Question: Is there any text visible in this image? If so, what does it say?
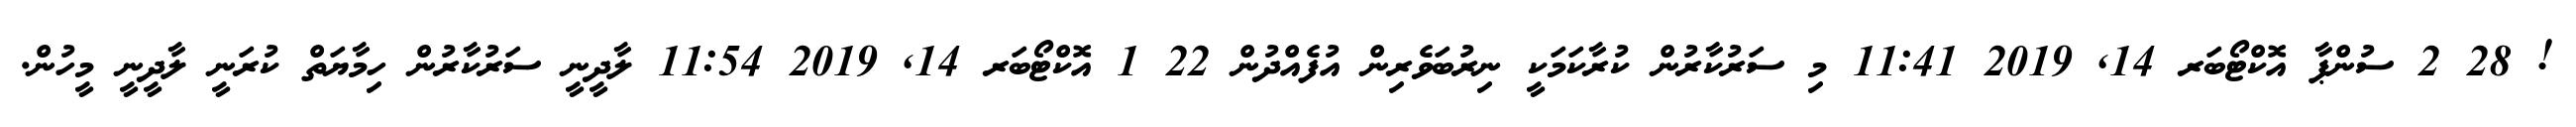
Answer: ! 28 2 ސުންޕާ އޮކްޓޯބަރ 14, 2019 11:41 މި ސަރުކާރުން ކުރާކަމަކީ ނިރުބަވެރިން އުފެއްދުން 22 1 އޮކްޓޯބަރ 14, 2019 11:54 ލާދީނީ ސަރުކާރުން ހިމާޔަތް ކުރަނީ ލާދީނީ މީހުން.